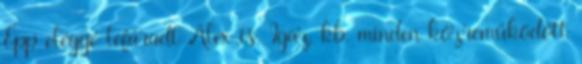
Épp eléggé lefáradt Alex is. Igaz, kb. minden közreműködött